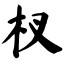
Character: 杈